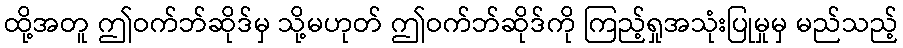
ထို့အတူ ဤဝက်ဘ်ဆိုဒ်မှ သို့မဟုတ် ဤဝက်ဘ်ဆိုဒ်ကို ကြည့်ရှုအသုံးပြုမှုမှ မည်သည့်